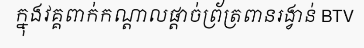
ក្នុងវគ្គពាក់កណ្តាលផ្តាច់ព្រ័ត្រពានរង្វាន់ BTV